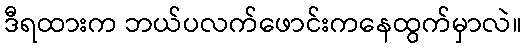
ဒီရထားက ဘယ်ပလက်ဖောင်းကနေထွက်မှာလဲ။